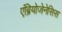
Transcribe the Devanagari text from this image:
एंब्रियोजेनेसिस